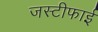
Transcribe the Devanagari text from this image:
जस्टीफाई